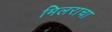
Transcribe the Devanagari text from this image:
मिलराचा